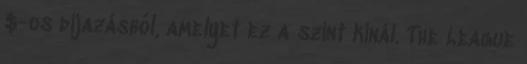
$-os díjazásból, amelyet ez a szint kínál. The League